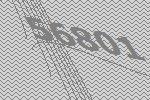
56801